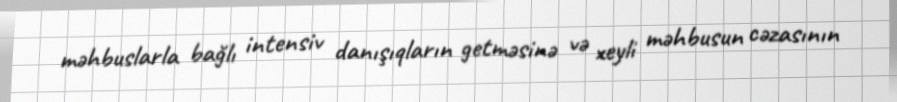
məhbuslarla bağlı intensiv danışıqların getməsinə və xeyli məhbusun cəzasının